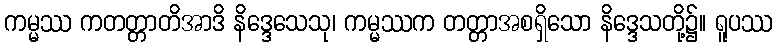
ကမ္မဿ ကတတ္တာတိအာဒိ နိဒ္ဒေသေသု၊ ကမ္မဿက တတ္တာအစရှိသော နိဒ္ဒေသတို့၌။ ရူပဿ